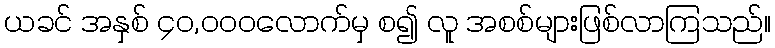
ယခင် အနှစ် ၄၀,၀၀၀လောက်မှ စ၍ လူ အစစ်များဖြစ်လာကြသည်။